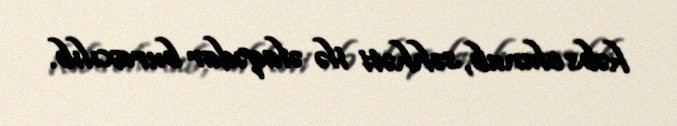
həbs olunub, səhhəti ilə əlaqədar buraxılıb.